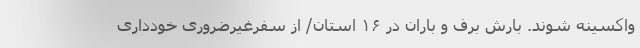
واکسینه شوند. بارش برف و باران در ۱۶ استان/ از سفرغیرضروری خودداری